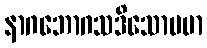
နာဂဘောဂသဒိသောပမာ